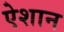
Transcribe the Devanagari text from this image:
ऐशान